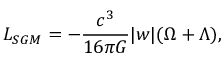
L _ { S G M } = - { \frac { c ^ { 3 } } { 1 6 { \pi } G } } \vert w \vert ( \Omega + \Lambda ) ,